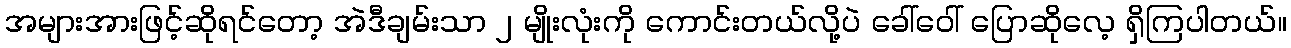
အများအားဖြင့်ဆိုရင်တော့ အဲဒီချမ်းသာ ၂ မျိုးလုံးကို ကောင်းတယ်လို့ပဲ ခေါ်ဝေါ် ပြောဆိုလေ့ ရှိကြပါတယ်။